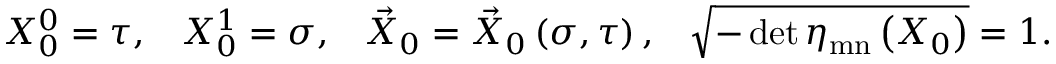
\begin{array} { c c c c } { { X _ { 0 } ^ { 0 } = \tau , } } & { { X _ { 0 } ^ { 1 } = \sigma , } } & { { \vec { X } _ { 0 } = \vec { X } _ { 0 } \left( \sigma , \tau \right) , } } & { { \sqrt { - \operatorname * { d e t } \eta _ { \mathrm { m n } } \left( X _ { 0 } \right) } = 1 . } } \end{array}